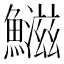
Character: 𬵱